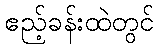
ဧည့်ခန်းထဲတွင်